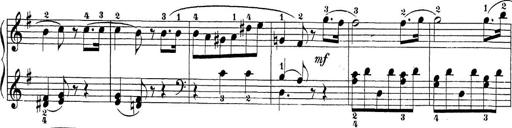
Title: Sonatina Album
Composer: Louis KÃ¶hler